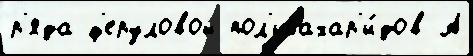
р'яда ф'еруловой пол'исахар'и́дов А